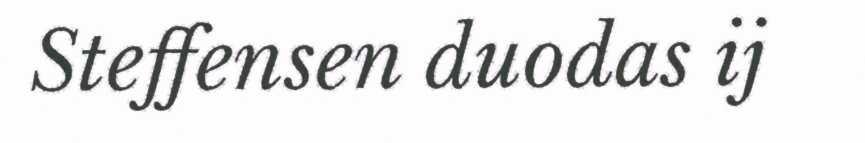
Steffensen duodas ij